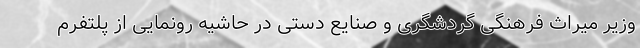
وزیر میراث فرهنگی گردشگری و صنایع دستی در حاشیه رونمایی از پلتفرم